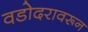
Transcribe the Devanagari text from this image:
वडोदरावरून